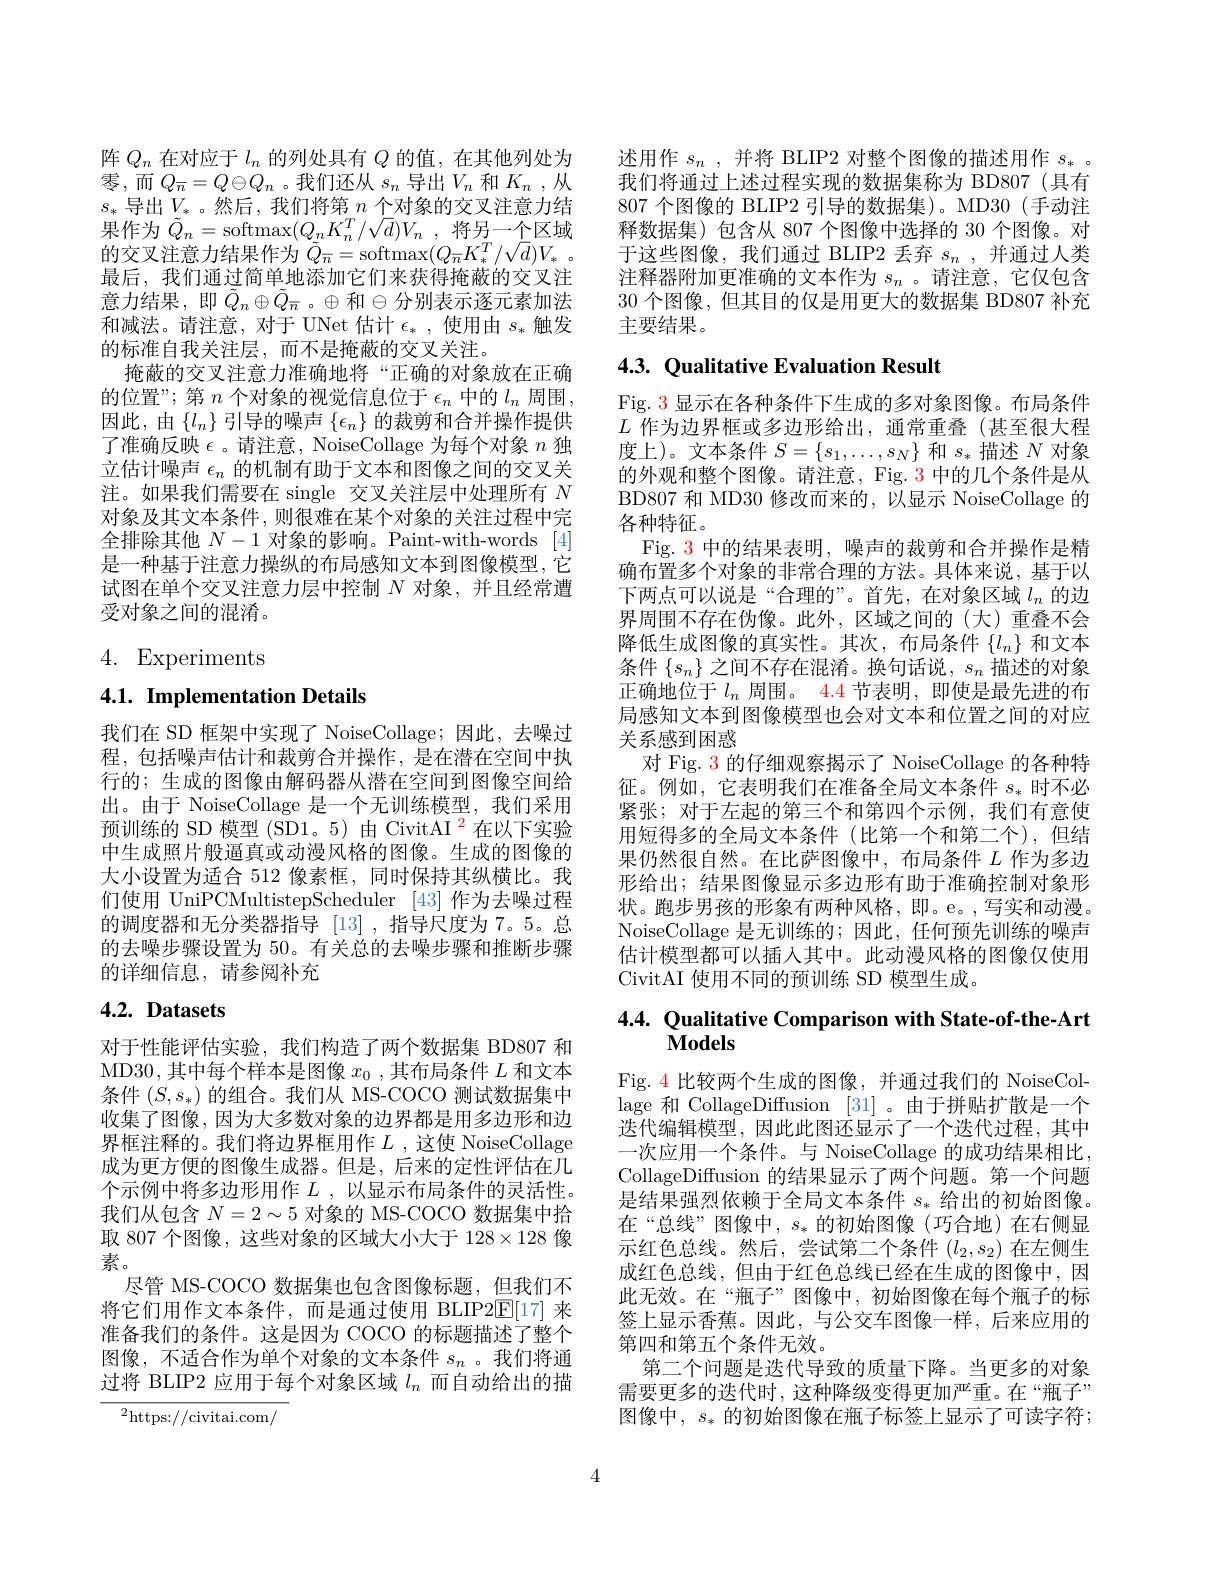
阵$Q_n$在对应于$l_n$的列处具有$Q$的值，在其他列处为零，而$Q_{\overline{n}}=Q\ominus Q_{n}$。我们还从 $s_n$ 导出$V_n$ 和$K_n$ ,从$s_*$ 导出$V_*$。然后，我们将第\_$n$ 个对象的交叉注意力结果作为$\tilde{Q}_n=$softmax$(Q_nK_n^T/\sqrt d)V_n$,将另一个区域的交叉注意力结果作为$\tilde{Q}_{\overline{n}}=$softmax$( Q_{\overline {n}}K_{* }^T/ \sqrt {d}) V_{* }$ 。最后，我们通过简单地添加它们来获得掩蔽的交叉注意力结果，即$\tilde{Q}_n\oplus\tilde{Q}_{\overline{n}}$。$\oplus$和$\ominus$分别表示逐元素加法和减法。请注意，对于 UNet 估计$\epsilon_*$,使用由$s_*$触发的标准自我关注层，而不是掩蔽的交叉关注。
掩蔽的交叉注意力准确地将“正确的对象放在正确的位置”; 第$n$个对象的视觉信息位于$\epsilon_n$中的$l_n$周围， 因此，由$\{l_n\}$引导的噪声$\{\epsilon_n\}$的裁剪和合并操作提供了准确反映$\epsilon$ 。请注意，NoiseCollage 为每个对象$n$独立估计噪声$\epsilon_n$的机制有助于文本和图像之间的交叉关注。如果我们需要在 single 交叉关注层中处理所有$N$ 对象及其文本条件，则很难在某个对象的关注过程中完全排除其他$N-1$对象的影响。Paint-with-words [4] 是一种基于注意力操纵的布局感知文本到图像模型，它试图在单个交叉注意力层中控制$N$对象，并且经常遭受对象之间的混淆。

4. Experiments

4.1. Implementation Details

我们在 SD 框架中实现了 NoiseCollage;因此，去噪过程，包括噪声估计和裁剪合并操作，是在潜在空间中执行的；生成的图像由解码器从潜在空间到图像空间给出。由于 NoiseCollage 是一个无训练模型，我们采用预训练的 SD 模型 (SD1。5) 由 CivitAI $^{\color{red}2}$在以下实验中生成照片般逼真或动漫风格的图像。生成的图像的大小设置为适合 512 像素框，同时保持其纵横比。我们使用 UniPCMultistepScheduler [43]作为去噪过程的调度器和无分类器指导 [13],指导尺度为 7。5。总的去噪步骤设置为 50。有关总的去噪步骤和推断步骤的详细信息，请参阅补充

# 4.2. Datasets

对于性能评估实验，我们构造了两个数据集 BD807 和MD30,其中每个样本是图像$x_0$ ,其布局条件$L$和文本条件$(S,s_*)$的组合。我们从 MS-COCO 测试数据集中收集了图像，因为大多数对象的边界都是用多边形和边界框注释的。我们将边界框用作$L$ ,这使 NoiseCollage 成为更方便的图像生成器。但是，后来的定性评估在几个示例中将多边形用作$L$ ,以显示布局条件的灵活性。我们从包含$N=2\sim5$对象的 MS-COCO 数据集中拾取 807 个图像 , 这些对象的区域大小大于 128$\times128$像素。
尽管 MS-COCO 数据集也包含图像标题，但我们不将它们用作文本条件，而是通过使用 BLIP2E[17]来准备我们的条件。这是因为 COCO 的标题描述了整个图像，不适合作为单个对象的文本条件$s_n$ 。我们将通过将 BLIP2 应用于每个对象区域$l_n$而自动给出的描

${}^{2}$https://civitai.com/

述用作$s_n$ ,并将 BLIP2 对整个图像的描述用作$s_*$ 我们将通过上述过程实现的数据集称为 BD807(具有807 个图像的 BLIP2 引导的数据集)。MD30(手动注释数据集)包含从 807 个图像中选择的 30 个图像。对于这些图像，我们通过 BLIP2 丢弃$s_n$ ,并通过人类注释器附加更准确的文本作为$s_n$ 。请注意，它仅包含30 个图像，但其目的仅是用更大的数据集 BD807 补充主要结果。

# 4.3. Qualitative Evaluation Result

Fig. 3 显示在各种条件下生成的多对象图像。布局条件$L$作为边界框或多边形给出，通常重叠(甚至很大程度上)。文本条件$S=\{s_1,\ldots,s_N\}$和$s_*$描述$N$对象的外观和整个图像。请注意，Fig. 3 中的几个条件是从BD807 和 MD30 修改而来的，以显示 NoiseCollage 的各种特征。
Fig. 3 中的结果表明，噪声的裁剪和合并操作是精确布置多个对象的非常合理的方法。具体来说，基于以下两点可以说是“合理的”。首先，在对象区域$l_n$的边界周围不存在伪像。此外，区域之间的(大)重叠不会降低生成图像的真实性。其次，布局条件$\{l_n\}$和文本条件$\{s_n\}$之间不存在混淆。换句话说，$s_n$描述的对象正确地位于$l_n$周围。4.4 节表明，即使是最先进的布局感知文本到图像模型也会对文本和位置之间的对应关系感到困惑
对 Fig. 3 的仔细观察揭示了 NoiseCollage 的各种特征。例如，它表明我们在准备全局文本条件$s_*$时不必紧张；对于左起的第三个和第四个示例，我们有意使用短得多的全局文本条件(比第一个和第二个),但结果仍然很自然。在比萨图像中，布局条件$L$作为多边形给出；结果图像显示多边形有助于准确控制对象形状。跑步男孩的形象有两种风格，即。e。,写实和动漫。NoiseCollage 是无训练的；因此，任何预先训练的噪声估计模型都可以插入其中。此动漫风格的图像仅使用CivitAI 使用不同的预训练 SD 模型生成。

# 4.4. Qualitative Comparison with State-of-the-Art $\mathbf{Models}$

Fig. 4 比较两个生成的图像，并通过我们的 NoiseCollage 和 CollageDiffusion [31] 。由于拼贴扩散是一个迭代编辑模型，因此此图还显示了一个迭代过程，其中一次应用一个条件。与 NoiseCollage 的成功结果相比， CollageDiffusion 的结果显示了两个问题。第一个问题是结果强烈依赖于全局文本条件$s_*$给出的初始图像。在“总线”图像中，$s_*$的初始图像(巧合地)在右侧显示红色总线。然后，尝试第二个条件$(l_2,s_2)$在左侧生成红色总线，但由于红色总线已经在生成的图像中，因此无效。在“瓶子”图像中，初始图像在每个瓶子的标签上显示香蕉。因此，与公交车图像一样，后来应用的第四和第五个条件无效。
第二个问题是迭代导致的质量下降。当更多的对象需要更多的迭代时，这种降级变得更加严重。在“瓶子” 图像中，$s_*$的初始图像在瓶子标签上显示了可读字符；

4